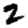
Digit: 2